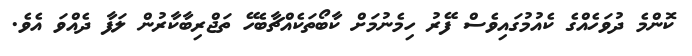
ކޮންމެ ދުވަހެއްގެ ކެއުމުގައިވެސް ފޭރު ހިމެނުމަށް ކާބޯތަކެއްޗާބެހޭ ތަޖްރިބާކާރުން ލަފާ ދެއްވަ އެވެ.